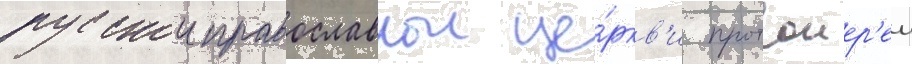
русскои православнои це́ркв'и протоиер'еи